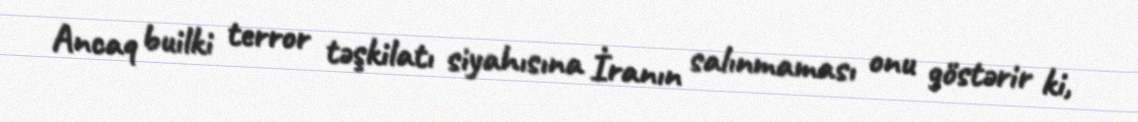
Ancaq builki terror təşkilatı siyahısına İranın salınmaması onu göstərir ki,